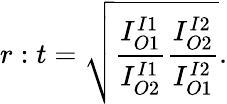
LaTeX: r:t=\sqrt{\frac{I_{O1}^{I1}}{I_{O2}^{I1}}\frac{I_{O2}^{I2}}{I_{O1}^{I2}}}.